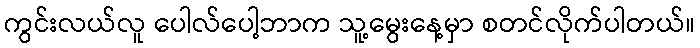
ကွင်းလယ်လူ ပေါလ်ပေါ့ဘာက သူ့မွေးနေ့မှာ စတင်လိုက်ပါတယ်။